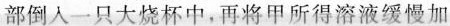
部倒入一只大烧杯中，再将甲所得溶液缓慢加